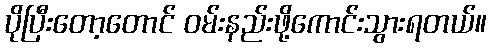
ပိုပြီးတော့တောင် ဝမ်းနည်းဖို့ကောင်းသွားရတယ်။